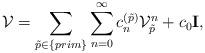
LaTeX: \begin{align*}{\cal V}=\sum_{\tilde p\in\{prim\}}\sum_{n=0}^{\infty}c_n^{(\tilde p)}{\cal V}_{\tilde p}^n + c_0{{\bf I}}, \end{align*}